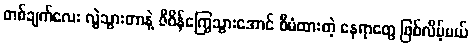
တစ်ချက်လေး လွဲသွားတာနဲ့ ဇီဝိန်ကြွေသွားအောင် စီမံထားတဲ့ နေရာတွေ ဖြစ်လိမ့်မယ်